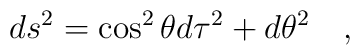
ds^2=\cos^2\theta d\tau^2 +d\theta^2~~~,